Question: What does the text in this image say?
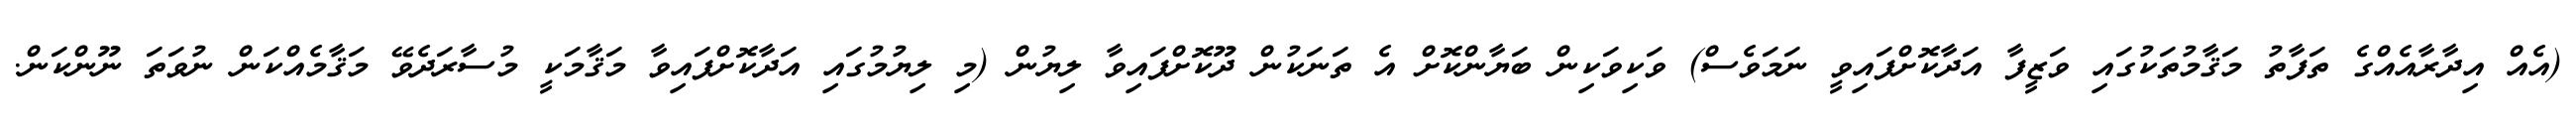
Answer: (އެއް އިދާރާއެއްގެ ތަފާތު މަޤާމުތަކުގައި ވަޒީފާ އަދާކޮށްފައިވީ ނަމަވެސް) ވަކިވަކިން ބަޔާންކޮށް އެ ތަނަކުން ދޫކޮށްފައިވާ ލިޔުން (މި ލިޔުމުގައި އަދާކޮށްފައިވާ މަޤާމަކީ މުސާރަދެވޭ މަޤާމެއްކަން ނުވަތަ ނޫންކަން.